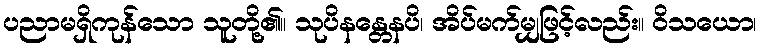
ပညာမရှိကုန်သော သူတို့၏။ သုပိနန္တေနပိ၊ အိပ်မက်မျှဖြင့်လည်း။ ဝိသယော၊